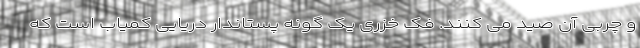
و چربی آن صید می کنند. فک خزری یک گونه پستاندار دریایی کمیاب است که